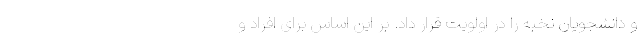
و دانشجویان نخبه را در اولویت قرار داد. بر این اساس برای افراد و